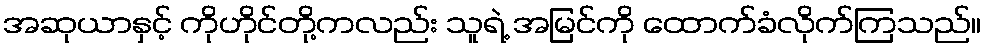
အဆုယာနှင့် ကိုဟိုင်တို့ကလည်း သူရဲ့ အမြင်ကို ထောက်ခံလိုက်ကြသည်။